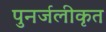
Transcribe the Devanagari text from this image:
पुनर्जलीकृत